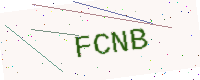
Text: FCNB